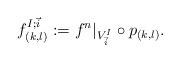
LaTeX: \begin{align*}f^{I;\vec{i}}_{(k,l)} : = f^n|_{V^I_{\vec{i}}} \circ p_{(k,l)}.\end{align*}